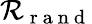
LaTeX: \mathcal{R}_{\mathrm{{~r~a~n~d~}}}